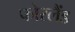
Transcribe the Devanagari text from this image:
फोरलैंड